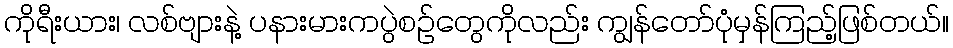
ကိုရီးယား၊ လစ်ဗျားနဲ့ ပနားမားကပွဲစဉ်တွေကိုလည်း ကျွန်တော်ပုံမှန်ကြည့်ဖြစ်တယ်။